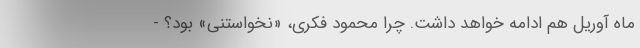
ماه آوریل هم ادامه خواهد داشت. چرا محمود فکری، «نَخواستنی» بود؟ -